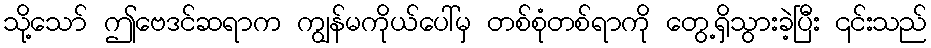
သို့သော် ဤဗေဒင်ဆရာက ကျွန်မကိုယ်ပေါ်မှ တစ်စုံတစ်ရာကို တွေ့ရှိသွားခဲ့ပြီး ၎င်းသည်